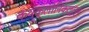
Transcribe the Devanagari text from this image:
क्य्क्लोनिकल्ल्य